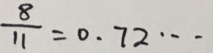
\frac { 8 } { 1 1 } = 0 . 7 2 \cdots